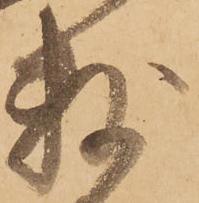
数